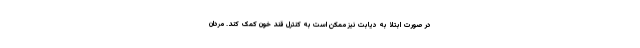
در صورت ابتلا به دیابت نیز ممکن است به کنترل قند خون کمک کند. مردان